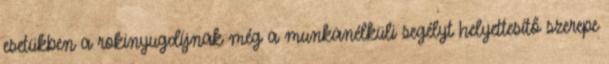
esetükben a rokinyugdíjnak még a munkanélküli segélyt helyettesítő szerepe